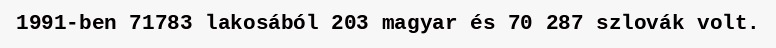
1991-ben 71783 lakosából 203 magyar és 70 287 szlovák volt.